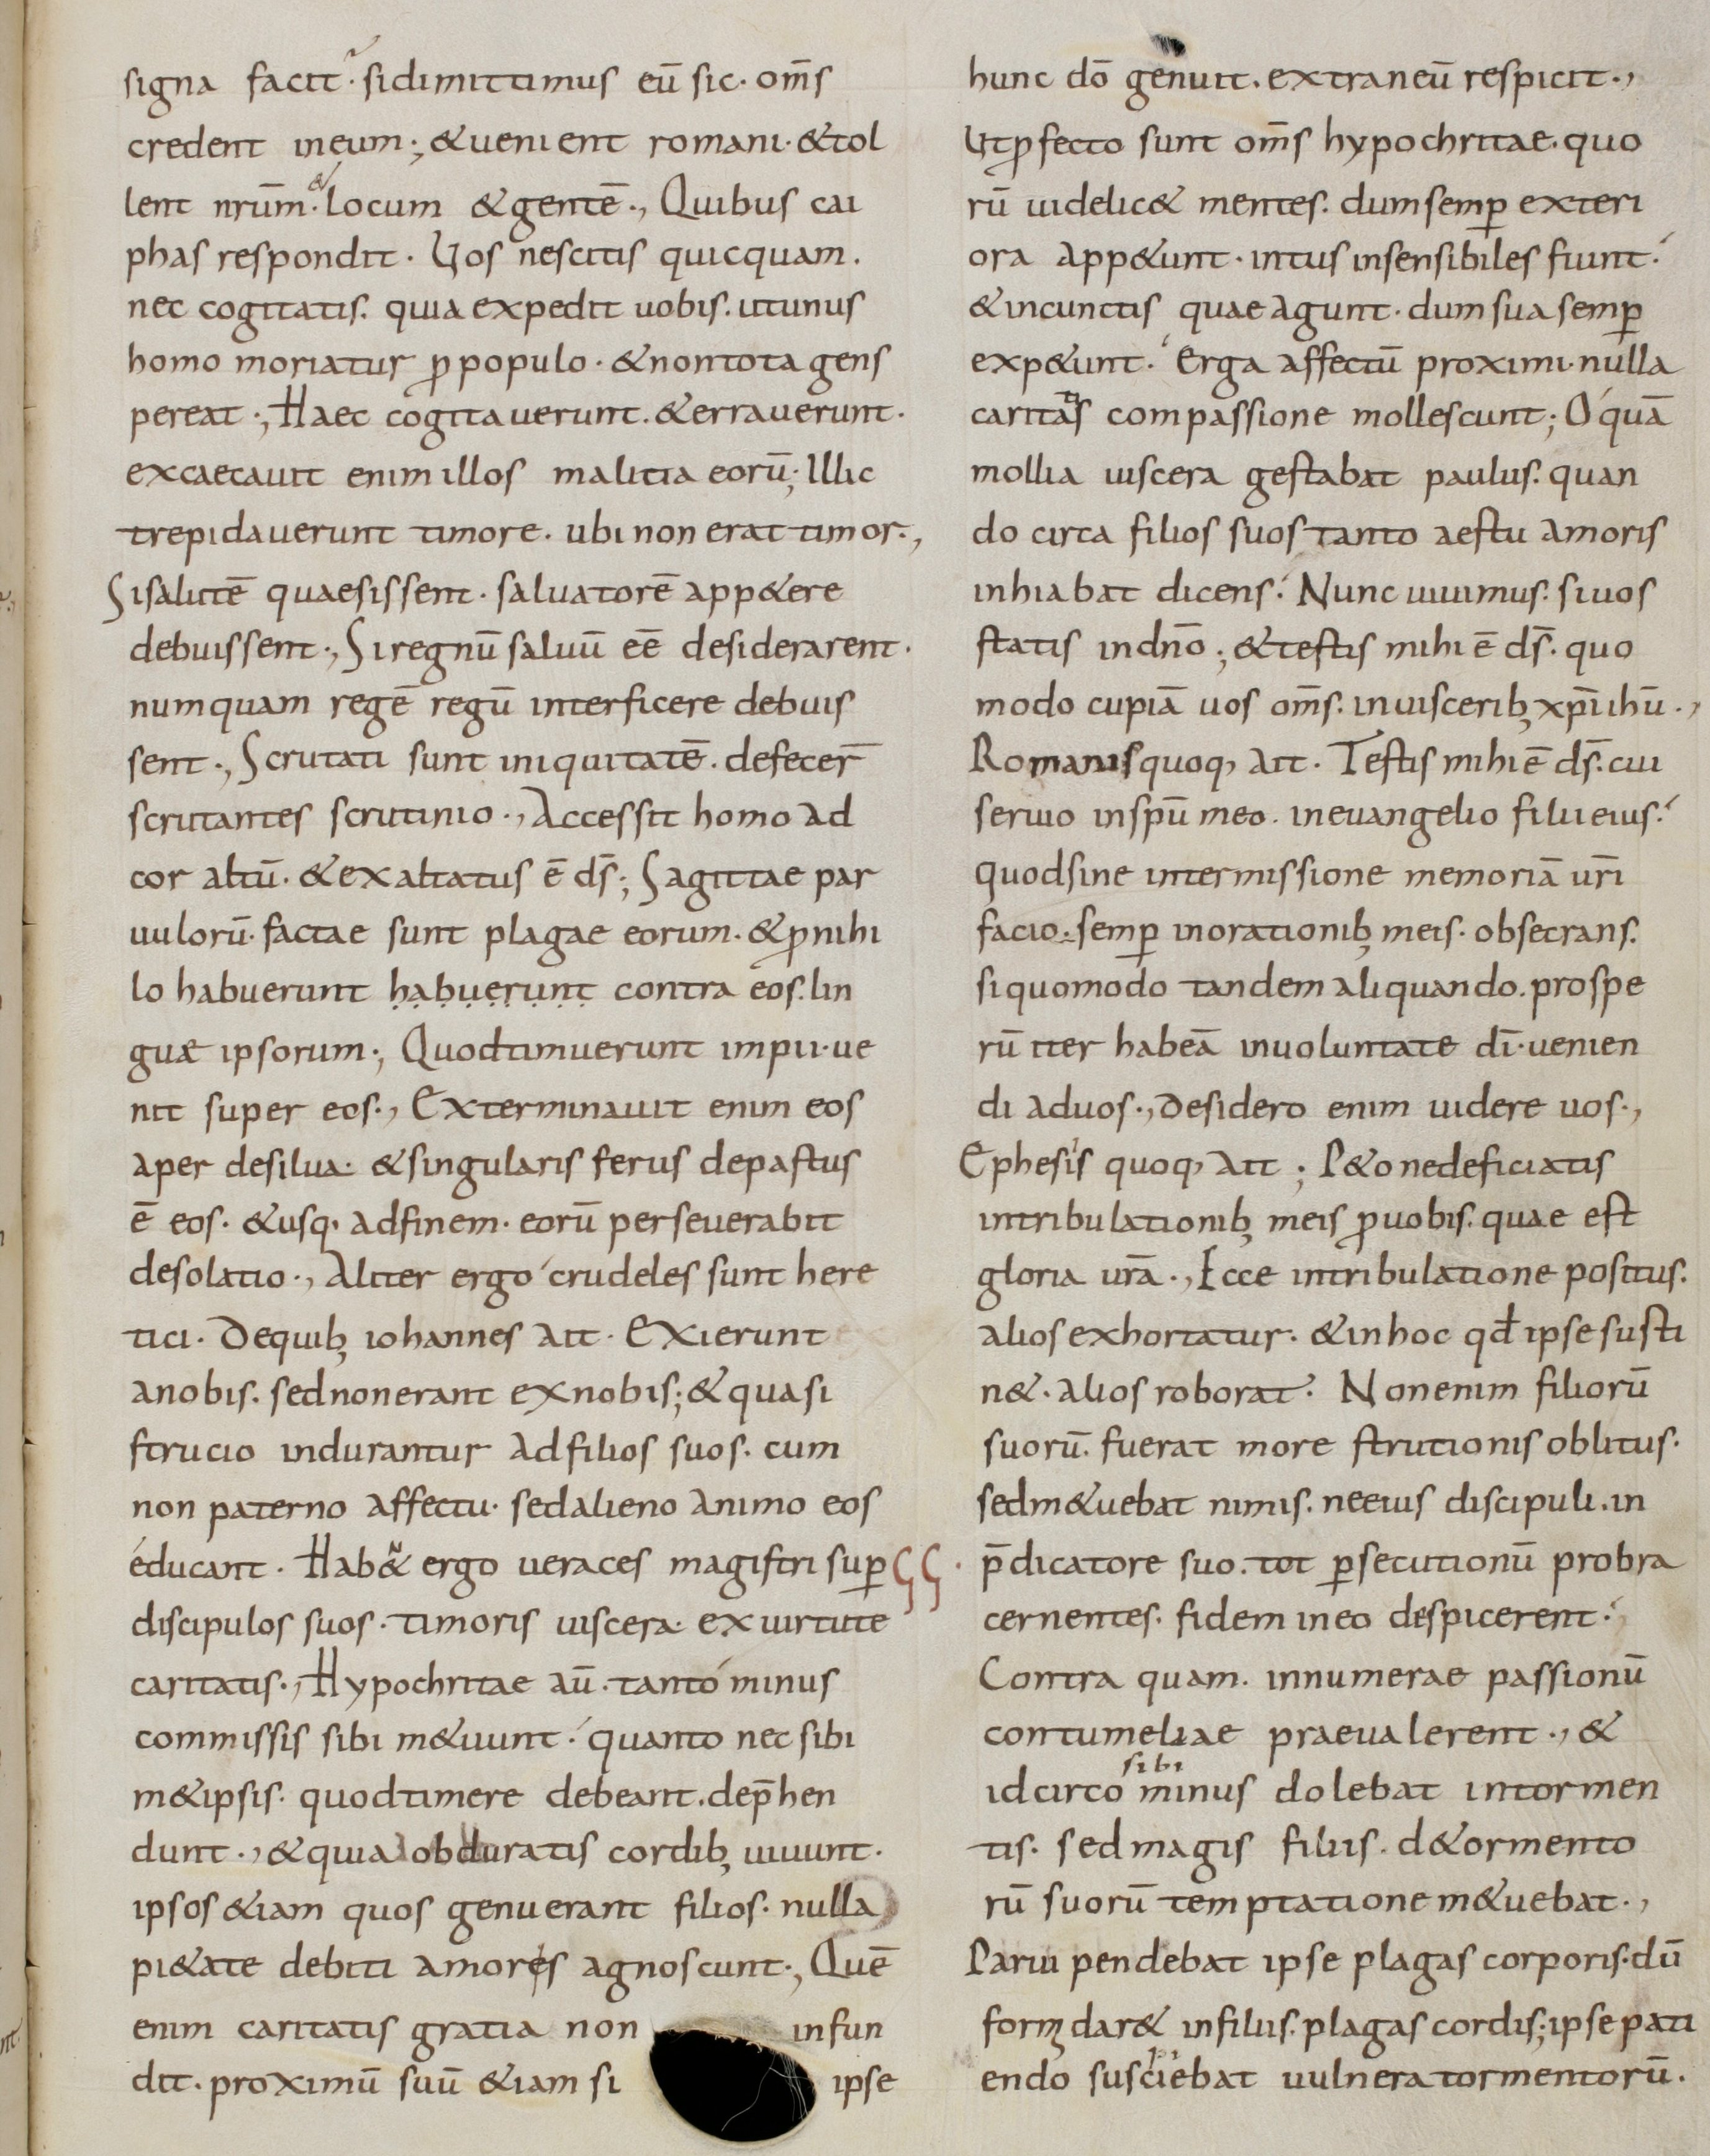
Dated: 800–899